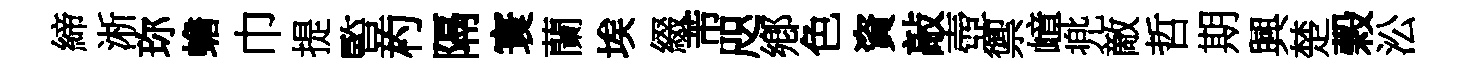
締淅珎蟾巾提䜿杓隔寰蘭埃綴芾咫鄕色資敲壺禦嶂兠敵哲期興楚榖㳂